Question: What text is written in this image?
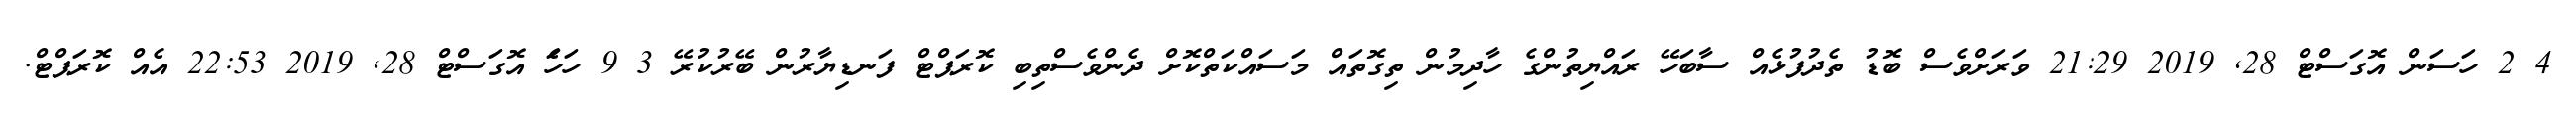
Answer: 4 2 ހަސަން އޮގަސްޓް 28, 2019 21:29 ވަރަށްވެސް ބޮޑު ތެދުފުޅެއް ސާބަހޭ ރައްޔިތުންގެ ހާދިމުން ތިގޮތައް މަސައްކަތްކޮށް ދެންވެސްތިބި ކޮރަޕްޓް ފަނޑިޔާރުން ބޭރުކުރޭ 3 9 ހަހަެ އޮގަސްޓް 28, 2019 22:53 އެއް ކޮރަޕްޓް.